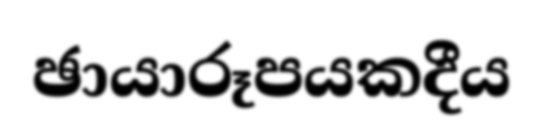
ඡායාරූපයකදීය